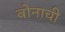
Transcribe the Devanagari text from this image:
बोनाची